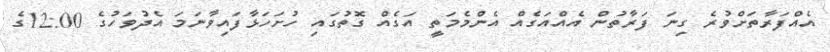
އެއްފަރާތަށްވުރެ ގިނަ ފަރާތުން އެއްއަގެއް އެންމެމަތީ އަގެއް ގޮތުގައި ހުށަހަޅާފައިވާނަމަ އެދުވަހުގެ 12:00ގެ